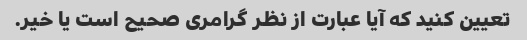
تعیین کنید که آیا عبارت از نظر گرامری صحیح است یا خیر.